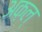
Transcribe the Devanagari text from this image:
अक़ल्‌